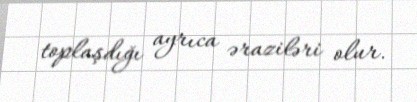
toplaşdığı ayrıca əraziləri olur.